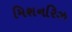
મિશનરિઝ